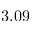
3 . 0 9